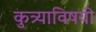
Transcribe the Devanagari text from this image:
कुत्र्याविषयी